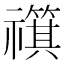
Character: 𫀣